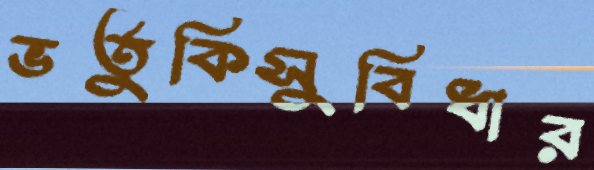
ভর্তুকিসুবিধার